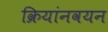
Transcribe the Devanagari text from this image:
क्रियांनवयन